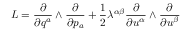
L = \frac { \partial } { \partial q ^ { a } } \wedge \frac { \partial } { \partial p _ { a } } + \frac { 1 } { 2 } \lambda ^ { \alpha \beta } \frac { \partial } { \partial u ^ { \alpha } } \wedge \frac { \partial } { \partial u ^ { \beta } }